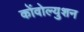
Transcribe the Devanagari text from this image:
कोंवोल्युशन